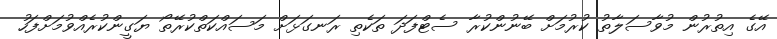
އޭގެ އިތުރުން މުވާސަލާތު ކުރުމަށް ބޭނުންކުރާ ސެޓްފަދަ ތަކެތި ރަނގަޅަށް މަަސައްކަތްކުރޭތޯ ޔަގީންކުރެއްވުމަށްފަހު